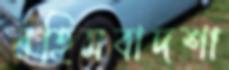
রহিমবাদশা